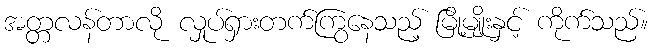
အတ္တလန်တာလို လှုပ်ရှားတက်ကြွနေသည့် မြို့မျိုးနှင့် ကိုက်သည်။